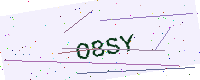
Text: O8SY